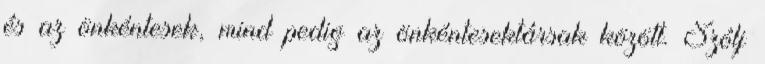
és az önkéntesek, mind pedig az önkéntesektársak között. Szólj